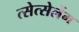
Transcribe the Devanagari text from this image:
त्सेत्सेर्लेग